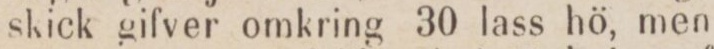
skick gifver omkring 30 lass hö, men